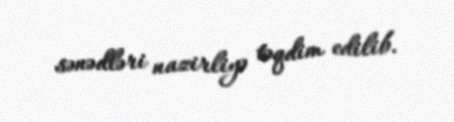
sənədləri nazirliyə təqdim edilib.